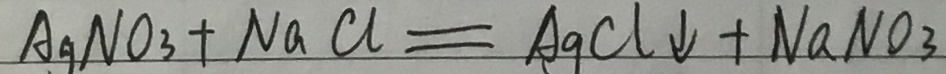
A g N O _ { 3 } + N a C l = A g C l \downarrow + N a N O _ { 3 }